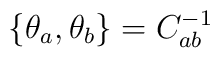
\{\theta_a,\theta_b\} = C^{-1}_{ab}